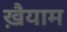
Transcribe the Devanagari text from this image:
ख़ैयाम